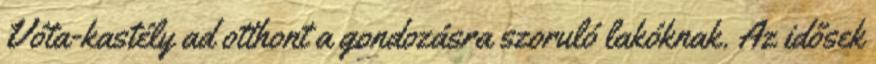
Vóta-kastély ad otthont a gondozásra szoruló lakóknak. Az idősek